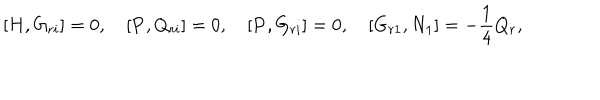
LaTeX: \lbrack { H , G _ { r i } } \rbrack = 0 , \quad \lbrack { { \bf P } , Q _ { r i } } \rbrack = 0 , \quad \lbrack { { \bf P } , G _ { r i } } \rbrack = 0 , \quad \lbrack { G _ { r 1 } , N _ { 1 } } \rbrack = - \frac { 1 } { 4 } Q _ { r } ,